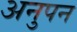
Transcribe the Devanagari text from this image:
अनुपन